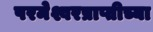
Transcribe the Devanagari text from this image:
परमेश्वरप्राप्तीच्या